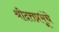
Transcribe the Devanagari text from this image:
श्रीदत्तप्रभूंचे